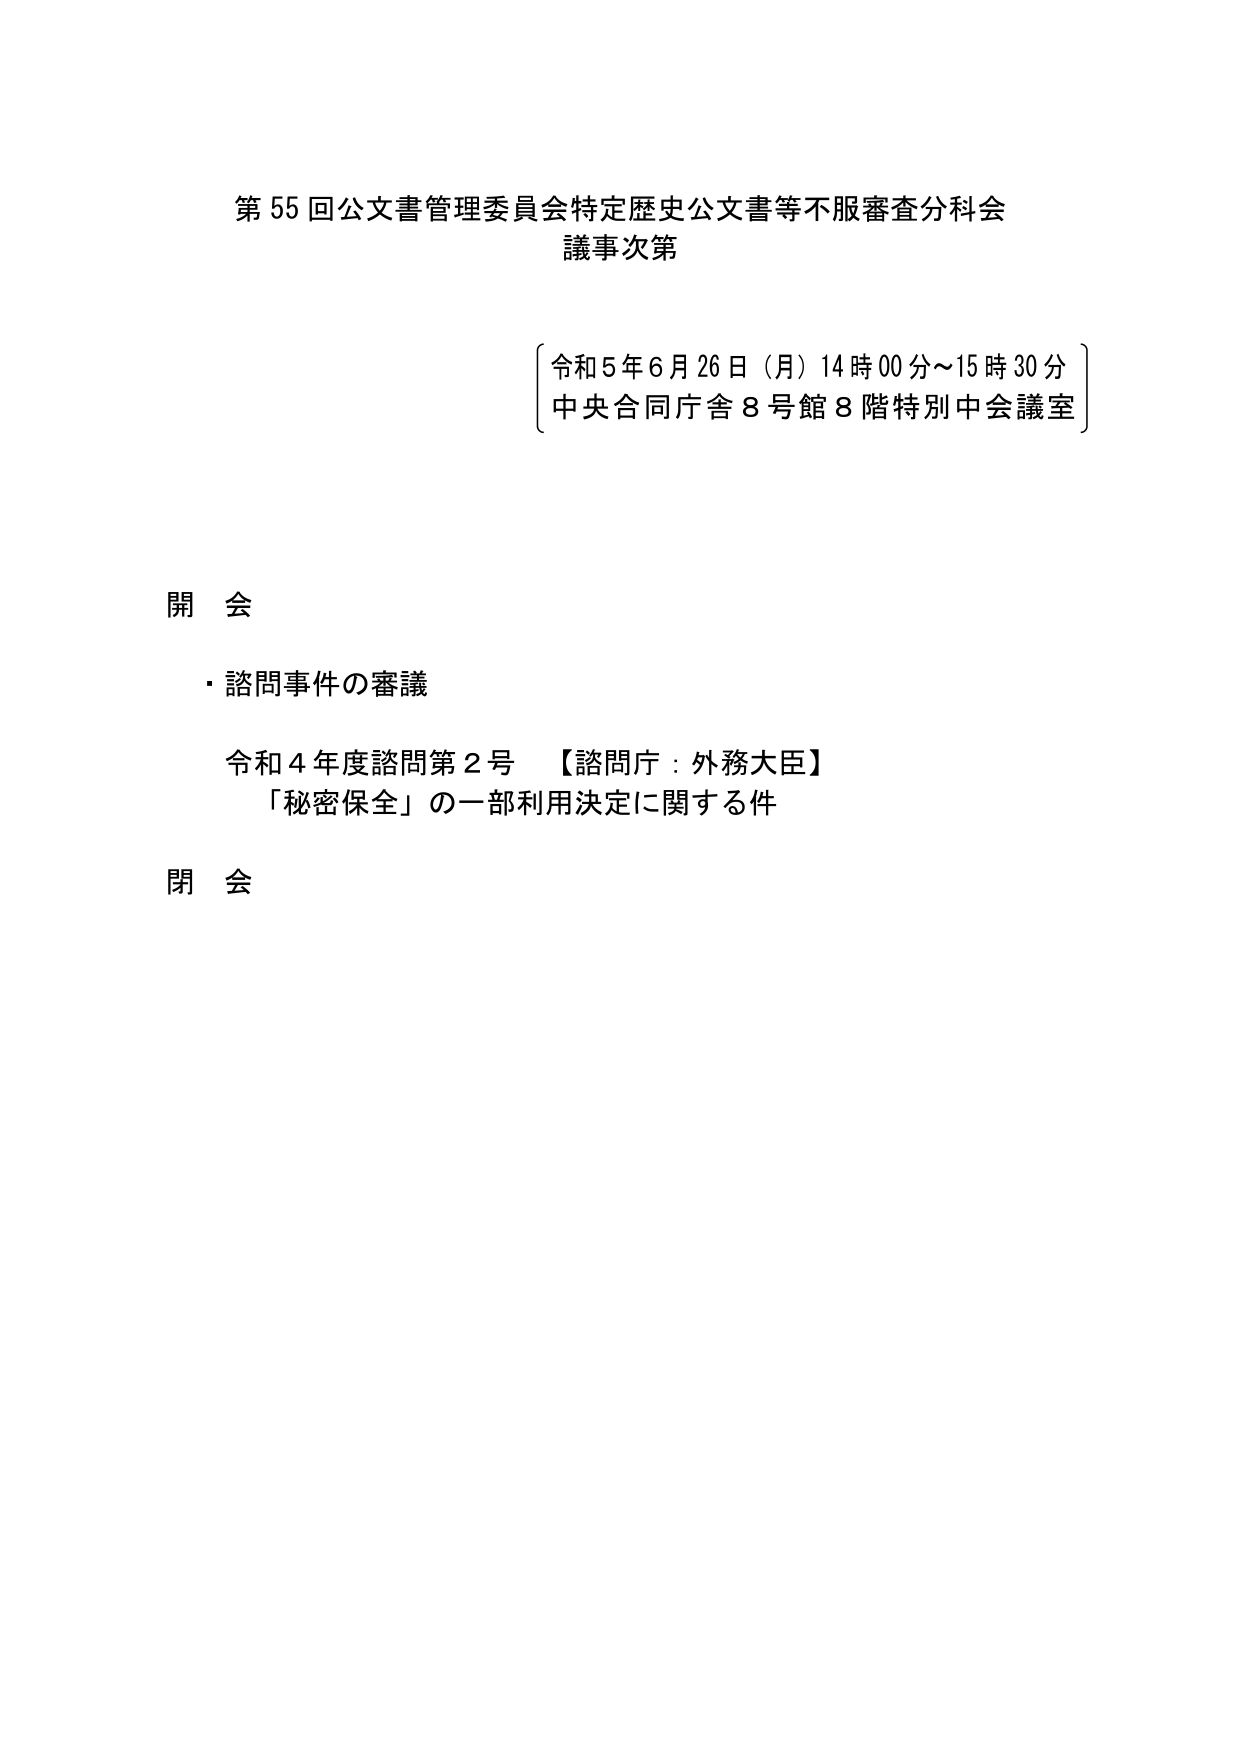
第55回公文書管理委員会特定歴史公文書等不服審査分科会
議事次第

〔令和5年6月26日（月）14時00分～15時30分
中央合同庁舎8号館8階特別中会議室〕

開会
・諮問事件の審議
　令和4年度諮問第2号　【諮問庁：外務大臣】
　「秘密保全」の一部利用決定に関する件

閉会